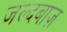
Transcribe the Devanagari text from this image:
जल्दबाज़